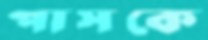
পাসকে